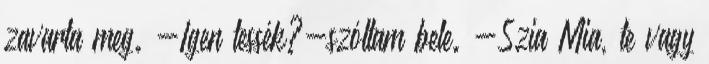
zavarta meg. -Igen tessék?-szóltam bele. -Szia Mia, te vagy